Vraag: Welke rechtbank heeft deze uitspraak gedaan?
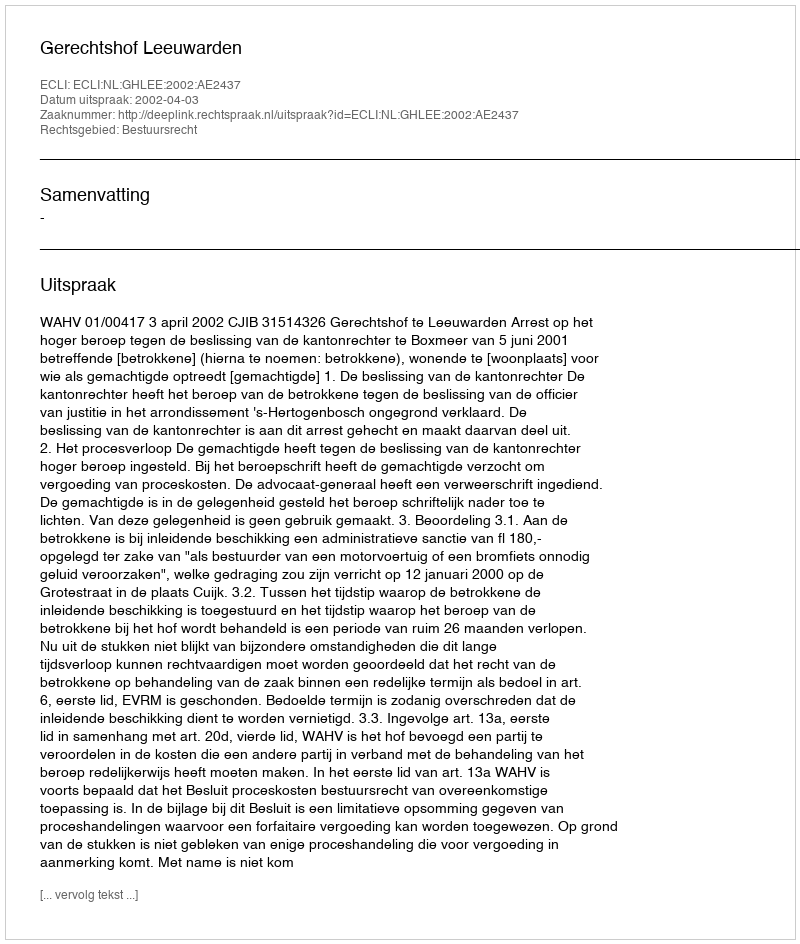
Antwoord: Gerechtshof Leeuwarden